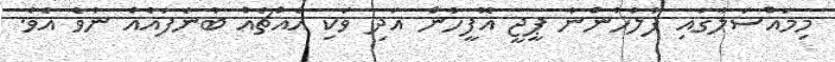
މިމައްސަލާގައި ފުލުހުންނާ ޕީޖީ އޮފީހުން އަދި ވަކި އެއްޗެއް ބުނެފައެއް ނުވެ އެވެެ.